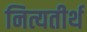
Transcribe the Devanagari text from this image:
नित्यतीर्थ